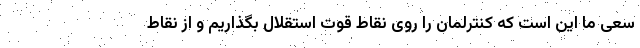
سعی ما این است که کنترلمان را روی نقاط قوت استقلال بگذاریم و از نقاط